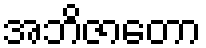
အဘိဇာတော